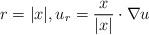
LaTeX: \begin{align*}r = |x|, u_r = \dfrac{x}{|x|} \cdot \nabla u\end{align*}